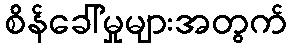
စိန်ခေါ်မှုများအတွက်